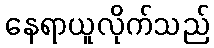
နေရာယူလိုက်သည်